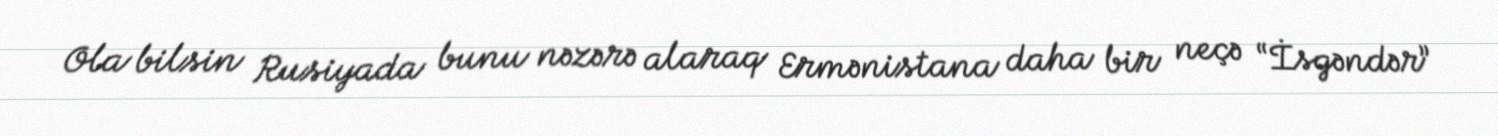
Ola bilsin Rusiyada bunu nəzərə alaraq Ermənistana daha bir neçə “İsgəndər”